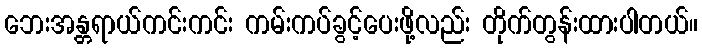
ဘေးအန္တရာယ်ကင်းကင်း ကမ်းကပ်ခွင့်ပေးဖို့လည်း တိုက်တွန်းထားပါတယ်။